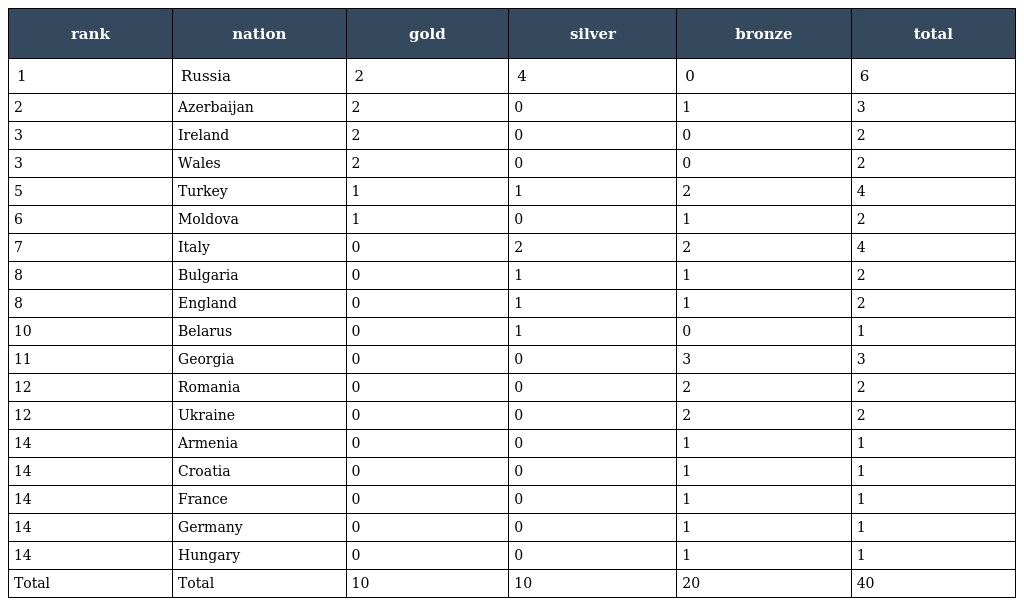
| rank | nation | gold | silver | bronze | total |
 | --- | --- | --- | --- | --- | --- |
 | 1 | Russia | 2 | 4 | 0 | 6 |
 | 2 | Azerbaijan | 2 | 0 | 1 | 3 |
 | 3 | Ireland | 2 | 0 | 0 | 2 |
 | 3 | Wales | 2 | 0 | 0 | 2 |
 | 5 | Turkey | 1 | 1 | 2 | 4 |
 | 6 | Moldova | 1 | 0 | 1 | 2 |
 | 7 | Italy | 0 | 2 | 2 | 4 |
 | 8 | Bulgaria | 0 | 1 | 1 | 2 |
 | 8 | England | 0 | 1 | 1 | 2 |
 | 10 | Belarus | 0 | 1 | 0 | 1 |
 | 11 | Georgia | 0 | 0 | 3 | 3 |
 | 12 | Romania | 0 | 0 | 2 | 2 |
 | 12 | Ukraine | 0 | 0 | 2 | 2 |
 | 14 | Armenia | 0 | 0 | 1 | 1 |
 | 14 | Croatia | 0 | 0 | 1 | 1 |
 | 14 | France | 0 | 0 | 1 | 1 |
 | 14 | Germany | 0 | 0 | 1 | 1 |
 | 14 | Hungary | 0 | 0 | 1 | 1 |
 | Total | Total | 10 | 10 | 20 | 40 |